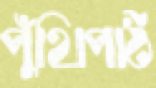
পুঁথিপাঠ